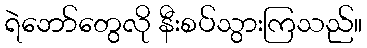
ရဲဘော်တွေလို နီးစပ်သွားကြသည်။